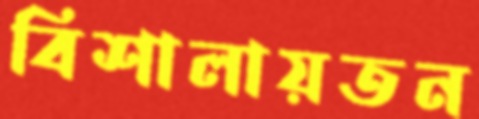
বিশালায়তন